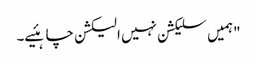
"ہمیں سلیکشن نہیں الیکشن چاہئیے۔